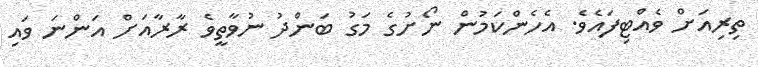
ތިރިއަށް ވެއްޓިފައެވެ. އެހެންކަމުން ނޯށުގެ މަގު ބަންދު ނުވާތީވެ ރާރާއަށް އަންނަ ވައި